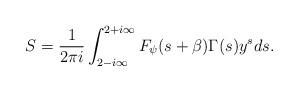
LaTeX: \begin{align*}S = \frac{1}{2\pi i} \int_{2-i\infty}^{2+i\infty} F_{\psi}(s+\beta) \Gamma(s) y^sds. \end{align*}